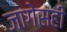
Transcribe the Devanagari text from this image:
जागेसही